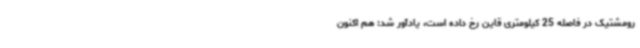
رومشتیک در فاصله 25 کیلومتری قاین رخ داده است، یادآور شد: هم اکنون